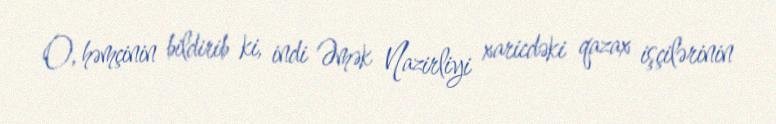
O, həmçinin bildirib ki, indi Əmək Nazirliyi xaricdəki qazax işçilərinin